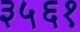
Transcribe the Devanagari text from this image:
३५६१